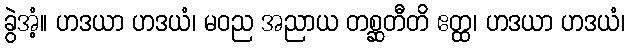
ခွဲအံ့။ ဟဒယာ ဟဒယံ၊ မဝည အညာယ တစ္ဆတီတိ ဧတ္ထ၊ ဟဒယာ ဟဒယံ၊